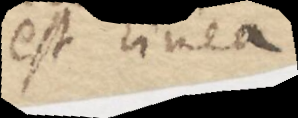
est linea